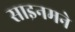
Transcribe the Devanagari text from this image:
साइनमने